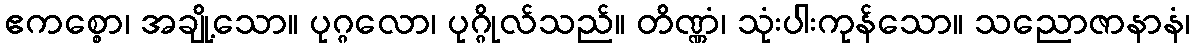
ဧကစ္စော၊ အချို့သော။ ပုဂ္ဂလော၊ ပုဂ္ဂိုလ်သည်။ တိဏ္ဏံ၊ သုံးပါးကုန်သော။ သညောဇာနာနံ၊